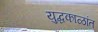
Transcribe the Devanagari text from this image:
युद्धकाळांत